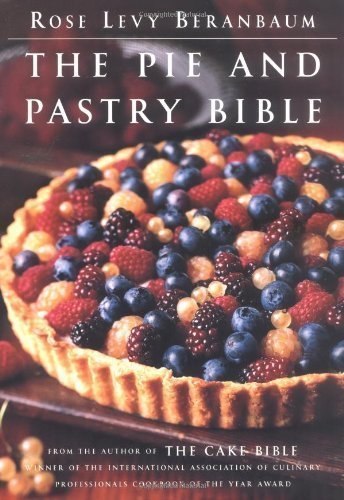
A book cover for The Pie and Pastry Bible by Rose Levy Beranbaum (Nov 11 1998); Cookbooks, Food & Wine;